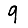
Digit: 9